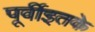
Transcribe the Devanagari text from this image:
पूर्वीइतके